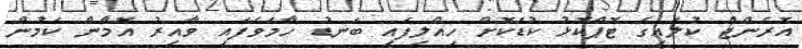
އޮރެންޖް ކުލައިގެ ޓޮޕްކޮޅު ކުޑަކޮށް ހިއްލިފައި ބަނޑު ހާމަވެފައި ވާއިރު އޮމާން ކަމުން